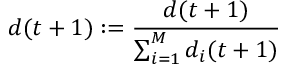
d ( t + 1 ) : = \frac { d ( t + 1 ) } { \sum _ { i = 1 } ^ { M } d _ { i } ( t + 1 ) }